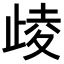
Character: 𣥻